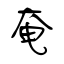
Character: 奄